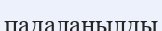
падаланылды